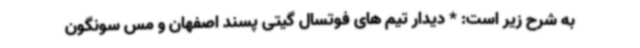
به شرح زیر است: * دیدار تیم های فوتسال گیتی پسند اصفهان و مس سونگون